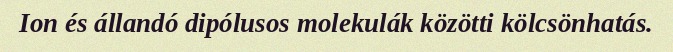
Ion és állandó dipólusos molekulák közötti kölcsönhatás.